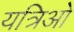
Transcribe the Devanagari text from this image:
यत्रिओ